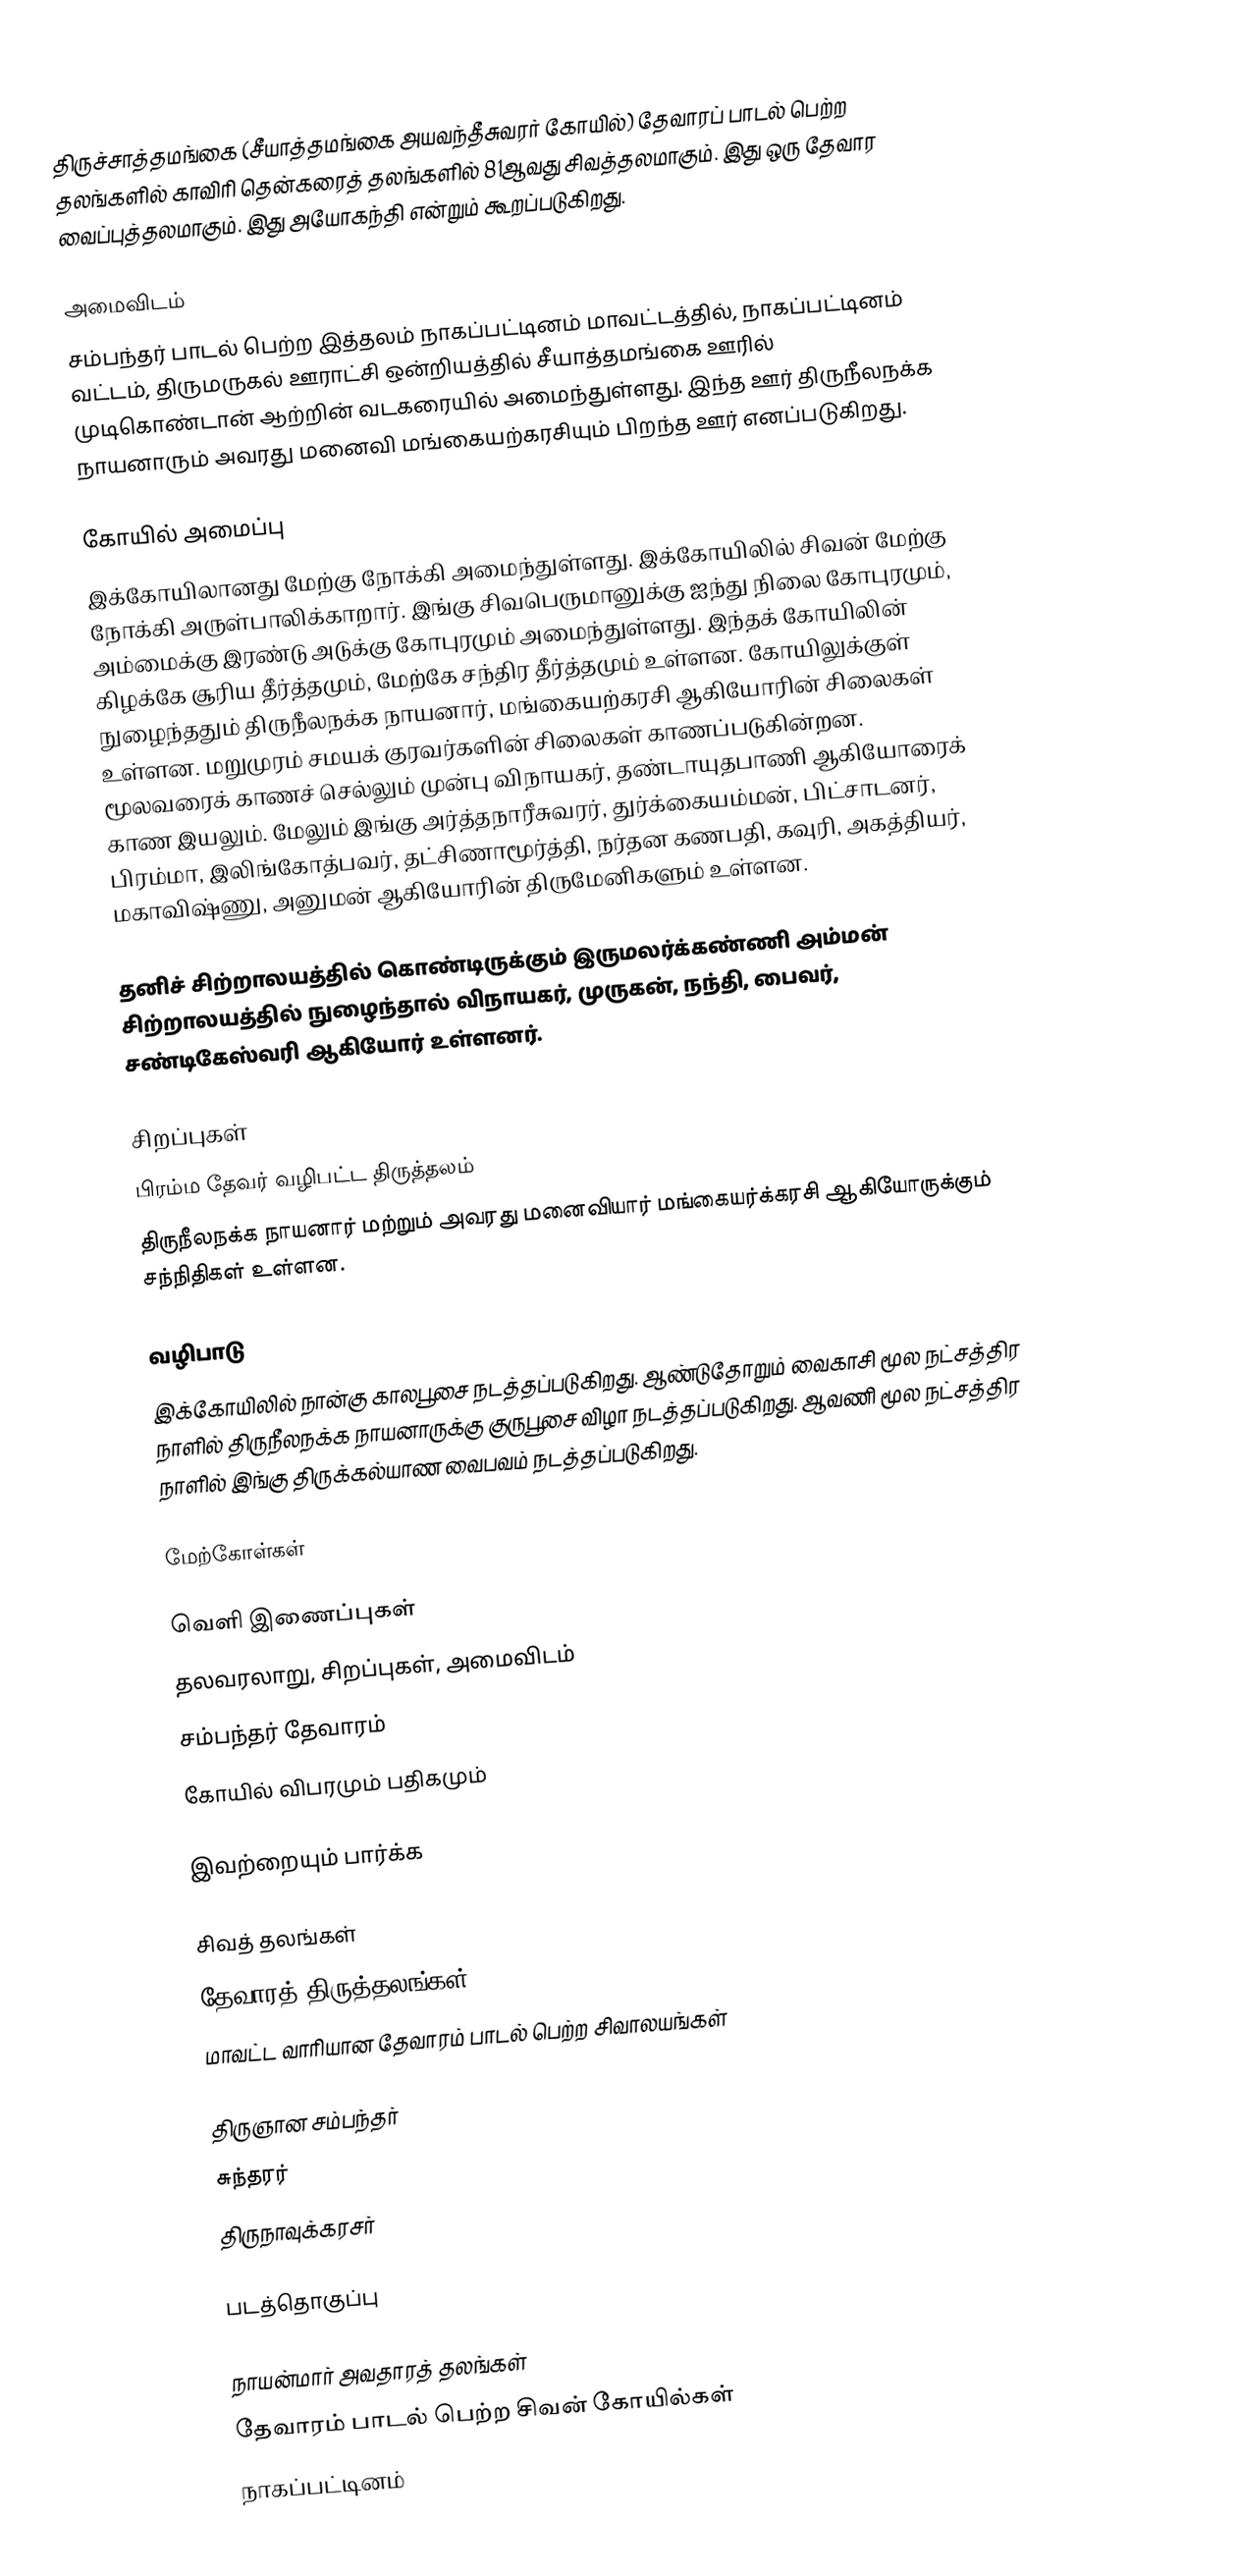
திருச்சாத்தமங்கை (சீயாத்தமங்கை அயவந்தீசுவரர் கோயில்) தேவாரப் பாடல் பெற்ற தலங்களில் காவிரி தென்கரைத் தலங்களில் 81ஆவது சிவத்தலமாகும். இது ஒரு தேவார வைப்புத்தலமாகும்.  இது அயோகந்தி என்றும் கூறப்படுகிறது.

அமைவிடம்
சம்பந்தர் பாடல் பெற்ற இத்தலம் நாகப்பட்டினம் மாவட்டத்தில், நாகப்பட்டினம் வட்டம், திருமருகல் ஊராட்சி ஒன்றியத்தில் சீயாத்தமங்கை ஊரில் முடிகொண்டான் ஆற்றின் வடகரையில் அமைந்துள்ளது. இந்த ஊர் திருநீலநக்க நாயனாரும் அவரது மனைவி மங்கையற்கரசியும் பிறந்த ஊர் எனப்படுகிறது.

கோயில் அமைப்பு
இக்கோயிலானது மேற்கு நோக்கி அமைந்துள்ளது. இக்கோயிலில் சிவன் மேற்கு நோக்கி அருள்பாலிக்காறார். இங்கு சிவபெருமானுக்கு ஐந்து நிலை கோபுரமும், அம்மைக்கு இரண்டு அடுக்கு கோபுரமும் அமைந்துள்ளது. இந்தக் கோயிலின் கிழக்கே சூரிய தீர்த்தமும், மேற்கே சந்திர தீர்த்தமும் உள்ளன. கோயிலுக்குள் நுழைந்ததும்  திருநீலநக்க நாயனார், மங்கையற்கரசி ஆகியோரின் சிலைகள் உள்ளன. மறுமுரம் சமயக் குரவர்களின் சிலைகள் காணப்படுகின்றன. மூலவரைக் காணச் செல்லும் முன்பு விநாயகர், தண்டாயுதபாணி ஆகியோரைக் காண இயலும். மேலும் இங்கு அர்த்தநாரீசுவரர், துர்க்கையம்மன், பிட்சாடனர், பிரம்மா, இலிங்கோத்பவர், தட்சிணாமூர்த்தி, நர்தன கணபதி, கவுரி, அகத்தியர், மகாவிஷ்ணு, அனுமன்  ஆகியோரின் திருமேனிகளும் உள்ளன.

தனிச் சிற்றாலயத்தில் கொண்டிருக்கும் இருமலர்க்கண்ணி அம்மன் சிற்றாலயத்தில் நுழைந்தால் விநாயகர், முருகன், நந்தி, பைவர், சண்டிகேஸ்வரி ஆகியோர் உள்ளனர்.

சிறப்புகள்
 பிரம்ம தேவர் வழிபட்ட திருத்தலம்
 திருநீலநக்க நாயனார் மற்றும் அவரது மனைவியார் மங்கையர்க்கரசி ஆகியோருக்கும் சந்நிதிகள் உள்ளன.

வழிபாடு
இக்கோயிலில் நான்கு காலபூசை நடத்தப்படுகிறது. ஆண்டுதோறும் வைகாசி மூல நட்சத்திர நாளில் திருநீலநக்க நாயனாருக்கு குருபூசை விழா நடத்தப்படுகிறது. ஆவணி மூல நட்சத்திர நாளில் இங்கு திருக்கல்யாண வைபவம் நடத்தப்படுகிறது.

மேற்கோள்கள்

வெளி இணைப்புகள்
 தலவரலாறு, சிறப்புகள், அமைவிடம்
 சம்பந்தர் தேவாரம்
 கோயில் விபரமும் பதிகமும்

இவற்றையும் பார்க்க

 சிவத் தலங்கள்
 தேவாரத் திருத்தலங்கள்
 மாவட்ட வாரியான தேவாரம் பாடல் பெற்ற சிவாலயங்கள்

 திருஞான சம்பந்தர்
 சுந்தரர்
 திருநாவுக்கரசர்

படத்தொகுப்பு

நாயன்மார் அவதாரத் தலங்கள்
தேவாரம் பாடல் பெற்ற சிவன் கோயில்கள்
நாகப்பட்டினம்